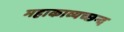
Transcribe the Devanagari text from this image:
महाकाव्यच्छन्द